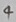
Text: 4